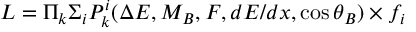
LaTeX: { \cal L } = \Pi _ { k } \Sigma _ { i } P _ { k } ^ { i } ( \Delta E , M _ { B } , { \cal F } , d E / d x , \cos { \theta _ { B } } ) \times f _ { i }